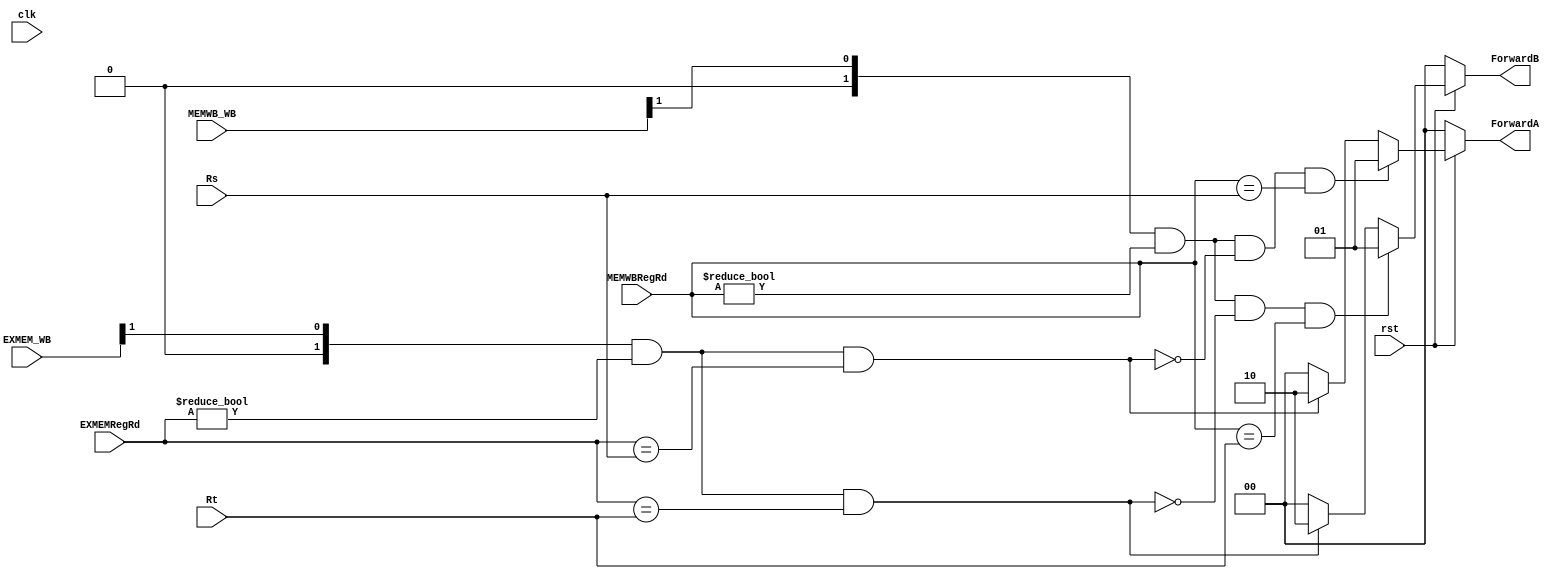
module forwarding_unit(clk, rst, Rs, Rt, EXMEMRegRd, EXMEM_WB, MEMWBRegRd, MEMWB_WB, ForwardA, ForwardB);
    input clk, rst;
	input [4:0] Rs, Rt, EXMEMRegRd, MEMWBRegRd;
    input [1:0] EXMEM_WB, MEMWB_WB;
    output reg[1:0] ForwardA, ForwardB;

    always @(*) begin
		ForwardA <= 2'b00;
		ForwardB <= 2'b00;
	
		if(EXMEM_WB>>1 && EXMEMRegRd != 0 && EXMEMRegRd == Rs) begin
			ForwardA <= 2'b10;
		end
		if(EXMEM_WB>>1 && EXMEMRegRd != 0 && EXMEMRegRd == Rt) begin
			ForwardB <= 2'b10;
		end
		
		// WB >> 1 == WB.RegWrite
        if(MEMWB_WB>>1 && MEMWBRegRd != 0 && !(EXMEM_WB>>1 && EXMEMRegRd != 0 && EXMEMRegRd == Rs) && MEMWBRegRd == Rs) begin
			ForwardA <= 2'b01;
        end        
		if(MEMWB_WB>>1 && MEMWBRegRd != 0 && !(EXMEM_WB>>1 && EXMEMRegRd != 0 && EXMEMRegRd == Rt) && MEMWBRegRd == Rt) begin
			ForwardB <= 2'b01;
        end


        if(!rst) begin
            ForwardA <= 2'b00;
            ForwardB <= 2'b00;
        end
    end
endmodule